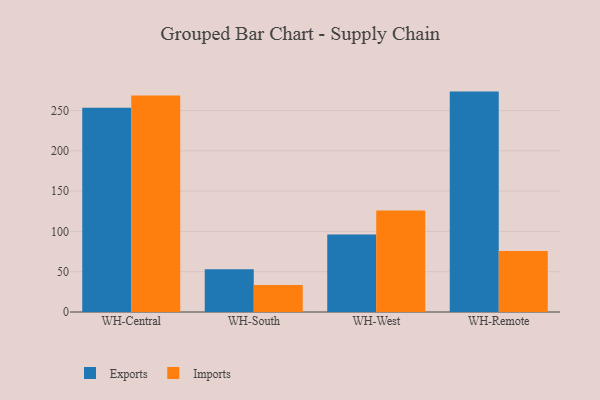
{"axis": {"x": "Warehouse", "y": "Humidity (%)"}, "legend": ["Exports", "Imports"], "data": [{"x": "WH-Central", "y": 253.5, "type": "Exports"}, {"x": "WH-Central", "y": 268.7, "type": "Imports"}, {"x": "WH-South", "y": 52.9, "type": "Exports"}, {"x": "WH-South", "y": 33.4, "type": "Imports"}, {"x": "WH-West", "y": 96.2, "type": "Exports"}, {"x": "WH-West", "y": 126.1, "type": "Imports"}, {"x": "WH-Remote", "y": 273.5, "type": "Exports"}, {"x": "WH-Remote", "y": 75.7, "type": "Imports"}]}